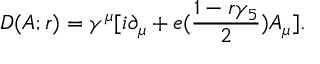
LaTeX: D ( A ; r ) = \gamma ^ { \mu } [ i \partial _ { \mu } + e ( { \frac { 1 - r \gamma _ { 5 } } { 2 } } ) A _ { \mu } ] .